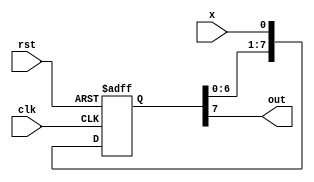
`timescale 1ns / 1ps
//////////////////////////////////////////////////////////////////////////////////
// Company: 
// Engineer: 
// 
// Design Name: 
// Module Name: shift_register
// Project Name: 
// Target Devices: 
// Tool Versions: 
// Description: 
// 
// Dependencies: 
// 
// Revision:
// Revision 0.01 - File Created
// Additional Comments:
// 
//////////////////////////////////////////////////////////////////////////////////


module shift_register(clk,rst,x,out);
input clk,rst;
input x;
output out;
reg[7:0]register;
always@(posedge clk,posedge rst)
if(rst)
register=0;
else
begin
register<=register<<1;
register[0]<=x;
end
assign out=register[7];

endmodule